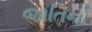
જાતિનો